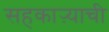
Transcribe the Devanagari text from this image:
सहकाऱ्याची